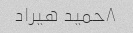
۸حمید هیراد